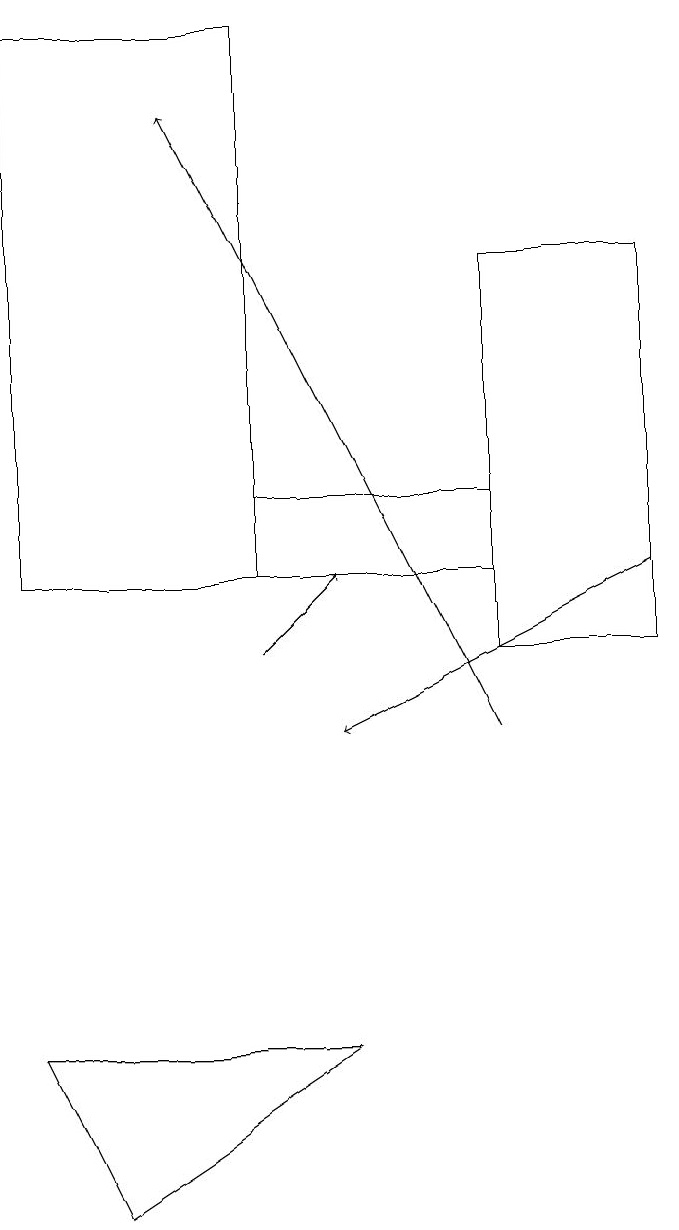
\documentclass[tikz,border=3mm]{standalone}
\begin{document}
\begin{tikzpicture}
\draw (1,6) -- (2,4) -- (5,6) -- cycle;
\draw[->] (9,12) -- (5,10);
\draw (4,19) rectangle (1,12);
\draw[->] (4,11) -- (5,12);
\draw (9,11) rectangle (7,16);
\draw (4,13) rectangle (7,12);
\draw[->] (7,10) -- (3,18);
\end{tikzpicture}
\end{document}